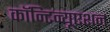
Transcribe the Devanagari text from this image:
कॉन्‍टिन्‍यूएशन